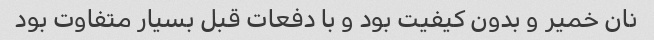
نان خمیر و بدون کیفیت بود و با دفعات قبل بسیار متفاوت بود